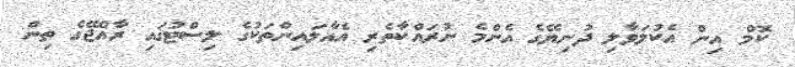
ކޮމް އިން އެކުލަވާލި ދުނިޔޭގެ އެންމެ ނުރައްކާތެރި އެއާލައިންތަކުގެ ލިސްޓުގައި ރާއްޖޭގެ ތިން